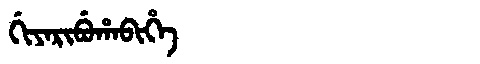
Manchu: ᡤᡳᠶᠠᡵᡳᠪᡠᡥᠠᠪᡳᡥᡝ
Romanization: GIYARIBUHABIHE